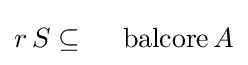
r\,S\subseteq \,\;\;\;\;\operatorname {balcore} A